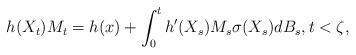
LaTeX: \begin{align*}h(X_t)M_t=h(x)+ \int_0^t h'(X_s)M_s\sigma(X_s)dB_s, t <\zeta,\end{align*}